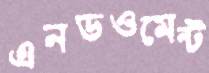
এনডওমেন্ট